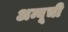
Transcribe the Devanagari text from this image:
अम्बूची